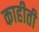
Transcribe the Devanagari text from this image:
काहीती